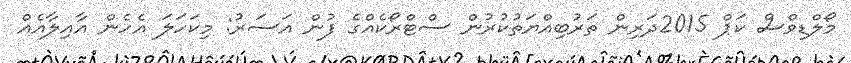
މޯލްޑިވްސް ކަޕް 2015ދަރިން ތަރުބިއްޔަތުކުރުން ސްޓްރޯކެއްގެ ފުން އަސަރު: މިކަހަލަ އެހެން އާއިލާއެއް